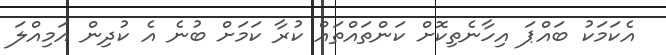
އެކަމަކު ބައްޕަ އިހާނެތިކޮށް ކަންތައްތައް ކުރާ ކަމަށް ބުނެ އެ ކުދިން އަމިއްލަ